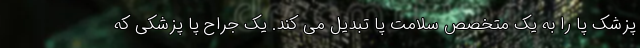
پزشک پا را به یک متخصص سلامت پا تبدیل می کند. یک جراح پا پزشکی که